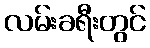
လမ်းခရီးတွင်